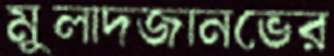
মুলাদজানভের